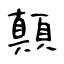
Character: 顛